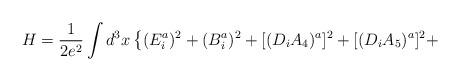
LaTeX: \begin{align*}H = \frac{1}{2 e^2} \int d^3 x \left\{ (E^{a}_{i})^2 + (B_{i}^{a})^2 +[(D_{i} A_{4})^a ]^2 + [(D_{i} A_{5})^a ]^2 + \right.\end{align*}